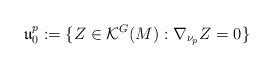
LaTeX: \begin{align*}\mathfrak u^p_{0} : = \{Z\in \mathcal K ^G(M): \nabla _ {\nu _p}Z = 0 \}\end{align*}